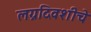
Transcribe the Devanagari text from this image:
लग्नदिवशीचे